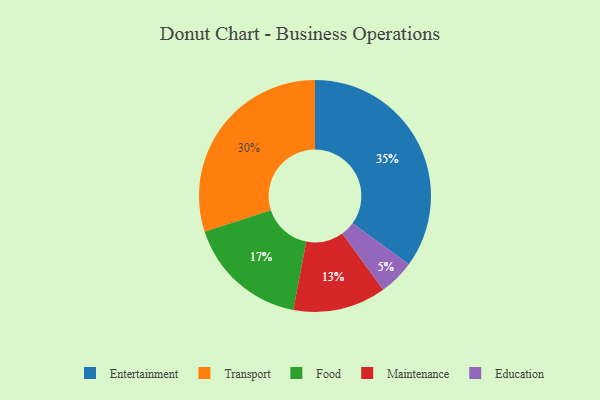
{"axis": {"x": "Category", "y": "Percentage"}, "legend": ["Education", "Entertainment", "Food", "Maintenance", "Transport"], "data": [{"x": "Entertainment", "y": 35, "type": "Entertainment"}, {"x": "Transport", "y": 30, "type": "Transport"}, {"x": "Maintenance", "y": 13, "type": "Maintenance"}, {"x": "Education", "y": 5, "type": "Education"}, {"x": "Food", "y": 17, "type": "Food"}]}